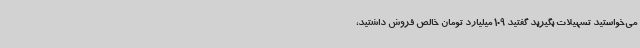
می‌خواستید تسهیلات بگیرید گفتید 109 میلیارد تومان خالص فروش داشتید،